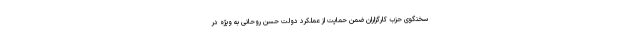
سخنگوی حزب کارگزاران ضمن حمایت از عملکرد دولت حسن روحانی به ویژه در